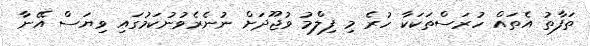
ތަފާތު އެތައް ހުރަސްތަކަކާ ހުރެ މި ފިލްމު ވުޖޫދަށް ނުނެރެވުނުކަމުގައި ވިޔަސް އޭނާ